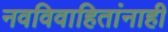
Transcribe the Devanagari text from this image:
नवविवाहितांनाही